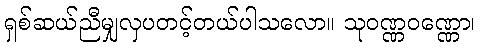
ရှစ်ဆယ်ညီမျှလှပတင့်တယ်ပါသလော။ သုဝဏ္ဏဝဏ္ဏော၊